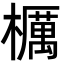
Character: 櫔